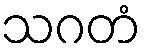
သဂတံ